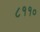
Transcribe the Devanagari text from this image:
८११०